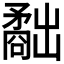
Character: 𥎐